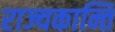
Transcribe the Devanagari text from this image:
राज्यकान्ति